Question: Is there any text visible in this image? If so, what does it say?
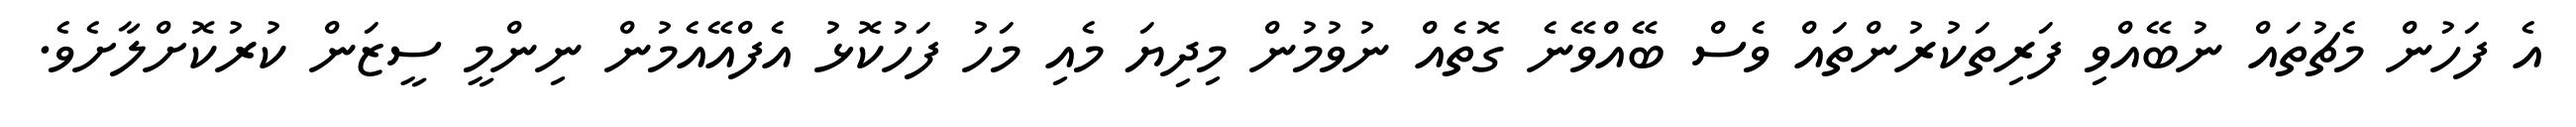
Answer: އެ ފަހުން މެޗުތައް ނުބޭއްވި ފަރިތަކުރުންތައް ވެސް ބޭއްވޭނެ ގޮތެއް ނުވުމުން މިދިޔަ މެއި މަހު ފަހުކޮޅު އެފްއޭއެމުން ނިންމީ ސީޒަން ކުރުކޮށްލާށެވެ.